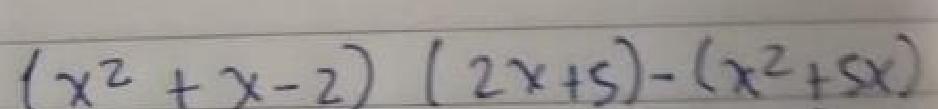
\((x^{2}+x - 2)(2x + 5)-(x^{2}+5x)\)